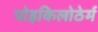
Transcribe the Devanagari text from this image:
पोइकिलोठेर्म